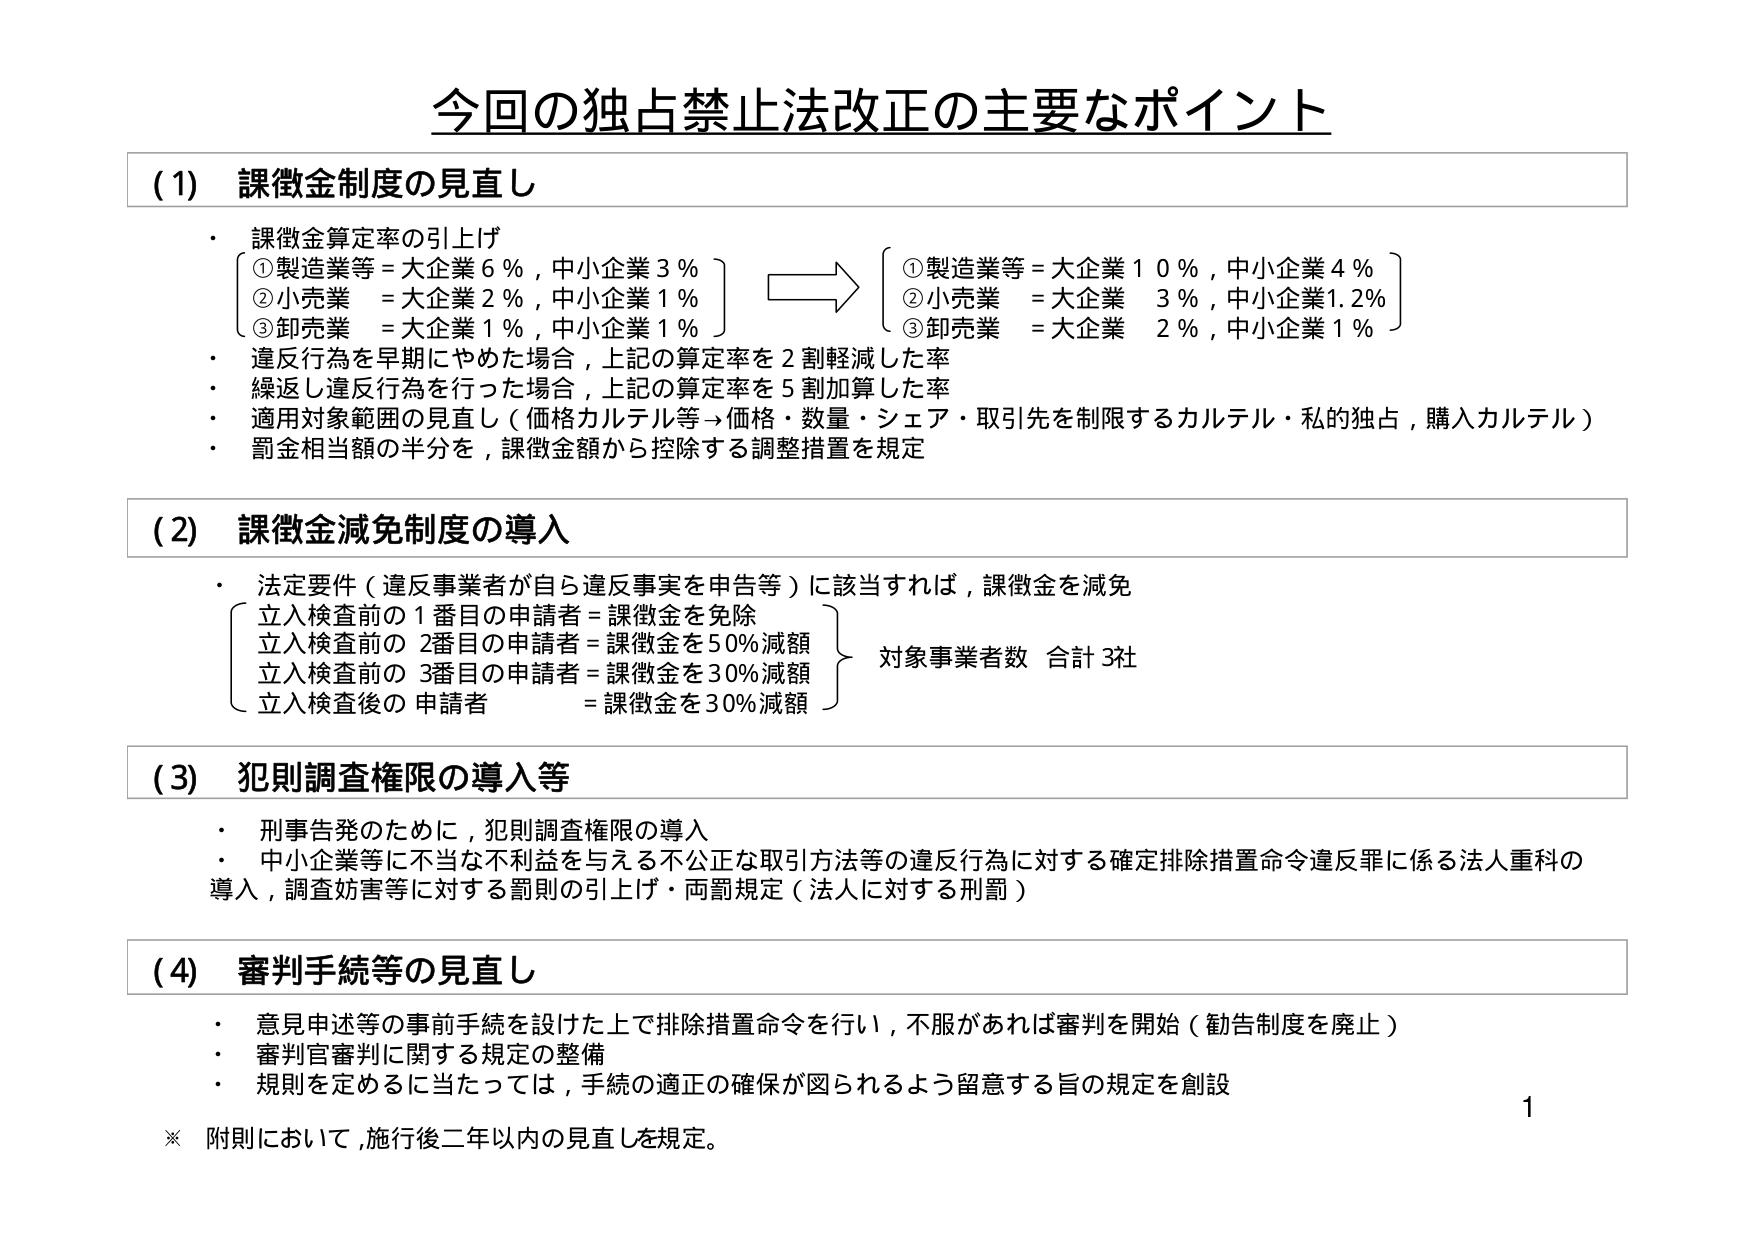
今回の独占禁止法改正の主要なポイント

(1) 課徴金制度の見直し
・ 課徴金算定率の引上げ
　〔①製造業等 = 大企業 6％，中小企業 3％〕　→　〔①製造業等 = 大企業 10％，中小企業 4％〕
　〔②小売業　= 大企業 2％，中小企業 1％〕　　→　〔②小売業　= 大企業　3％，中小企業1.2％〕
　〔③卸売業　= 大企業 1％，中小企業 1％〕　　→　〔③卸売業　= 大企業　2％，中小企業 1％〕
・ 違反行為を早期にやめた場合，上記の算定率を2割軽減した率
・ 繰返し違反行為を行った場合，上記の算定率を5割加算した率
・ 適用対象範囲の見直し（価格カルテル等→価格・数量・シェア・取引先を制限するカルテル・私的独占，購入カルテル）
・ 罰金相当額の半分を，課徴金額から控除する調整措置を規定

(2) 課徴金減免制度の導入
・ 法定要件（違反事業者が自ら違反事実を申告等）に該当すれば，課徴金を減免
　〔立入検査前の1番目の申請者 = 課徴金を免除〕
　〔立入検査前の2番目の申請者 = 課徴金を50％減額〕　　対象事業者数 合計3社
　〔立入検査前の3番目の申請者 = 課徴金を30％減額〕
　〔立入検査後の申請者　　　　= 課徴金を30％減額〕

(3) 犯則調査権限の導入等
・ 刑事告発のために，犯則調査権限の導入
・ 中小企業等に不当な不利益を与える不公正な取引方法等の違反行為に対する確定排除措置命令違反罪に係る法人重科の導入，調査妨害等に対する罰則の引上げ・両罰規定（法人に対する刑罰）

(4) 審判手続等の見直し
・ 意見申述等の事前手続を設けた上で排除措置命令を行い，不服があれば審判を開始（勧告制度を廃止）
・ 審判官審判に関する規定の整備
・ 規則を定めるに当たっては，手続の適正の確保が図られるよう留意する旨の規定を創設

※ 附則において，施行後二年以内の見直しを規定。

1